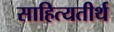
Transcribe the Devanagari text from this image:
साहित्यतीर्थ